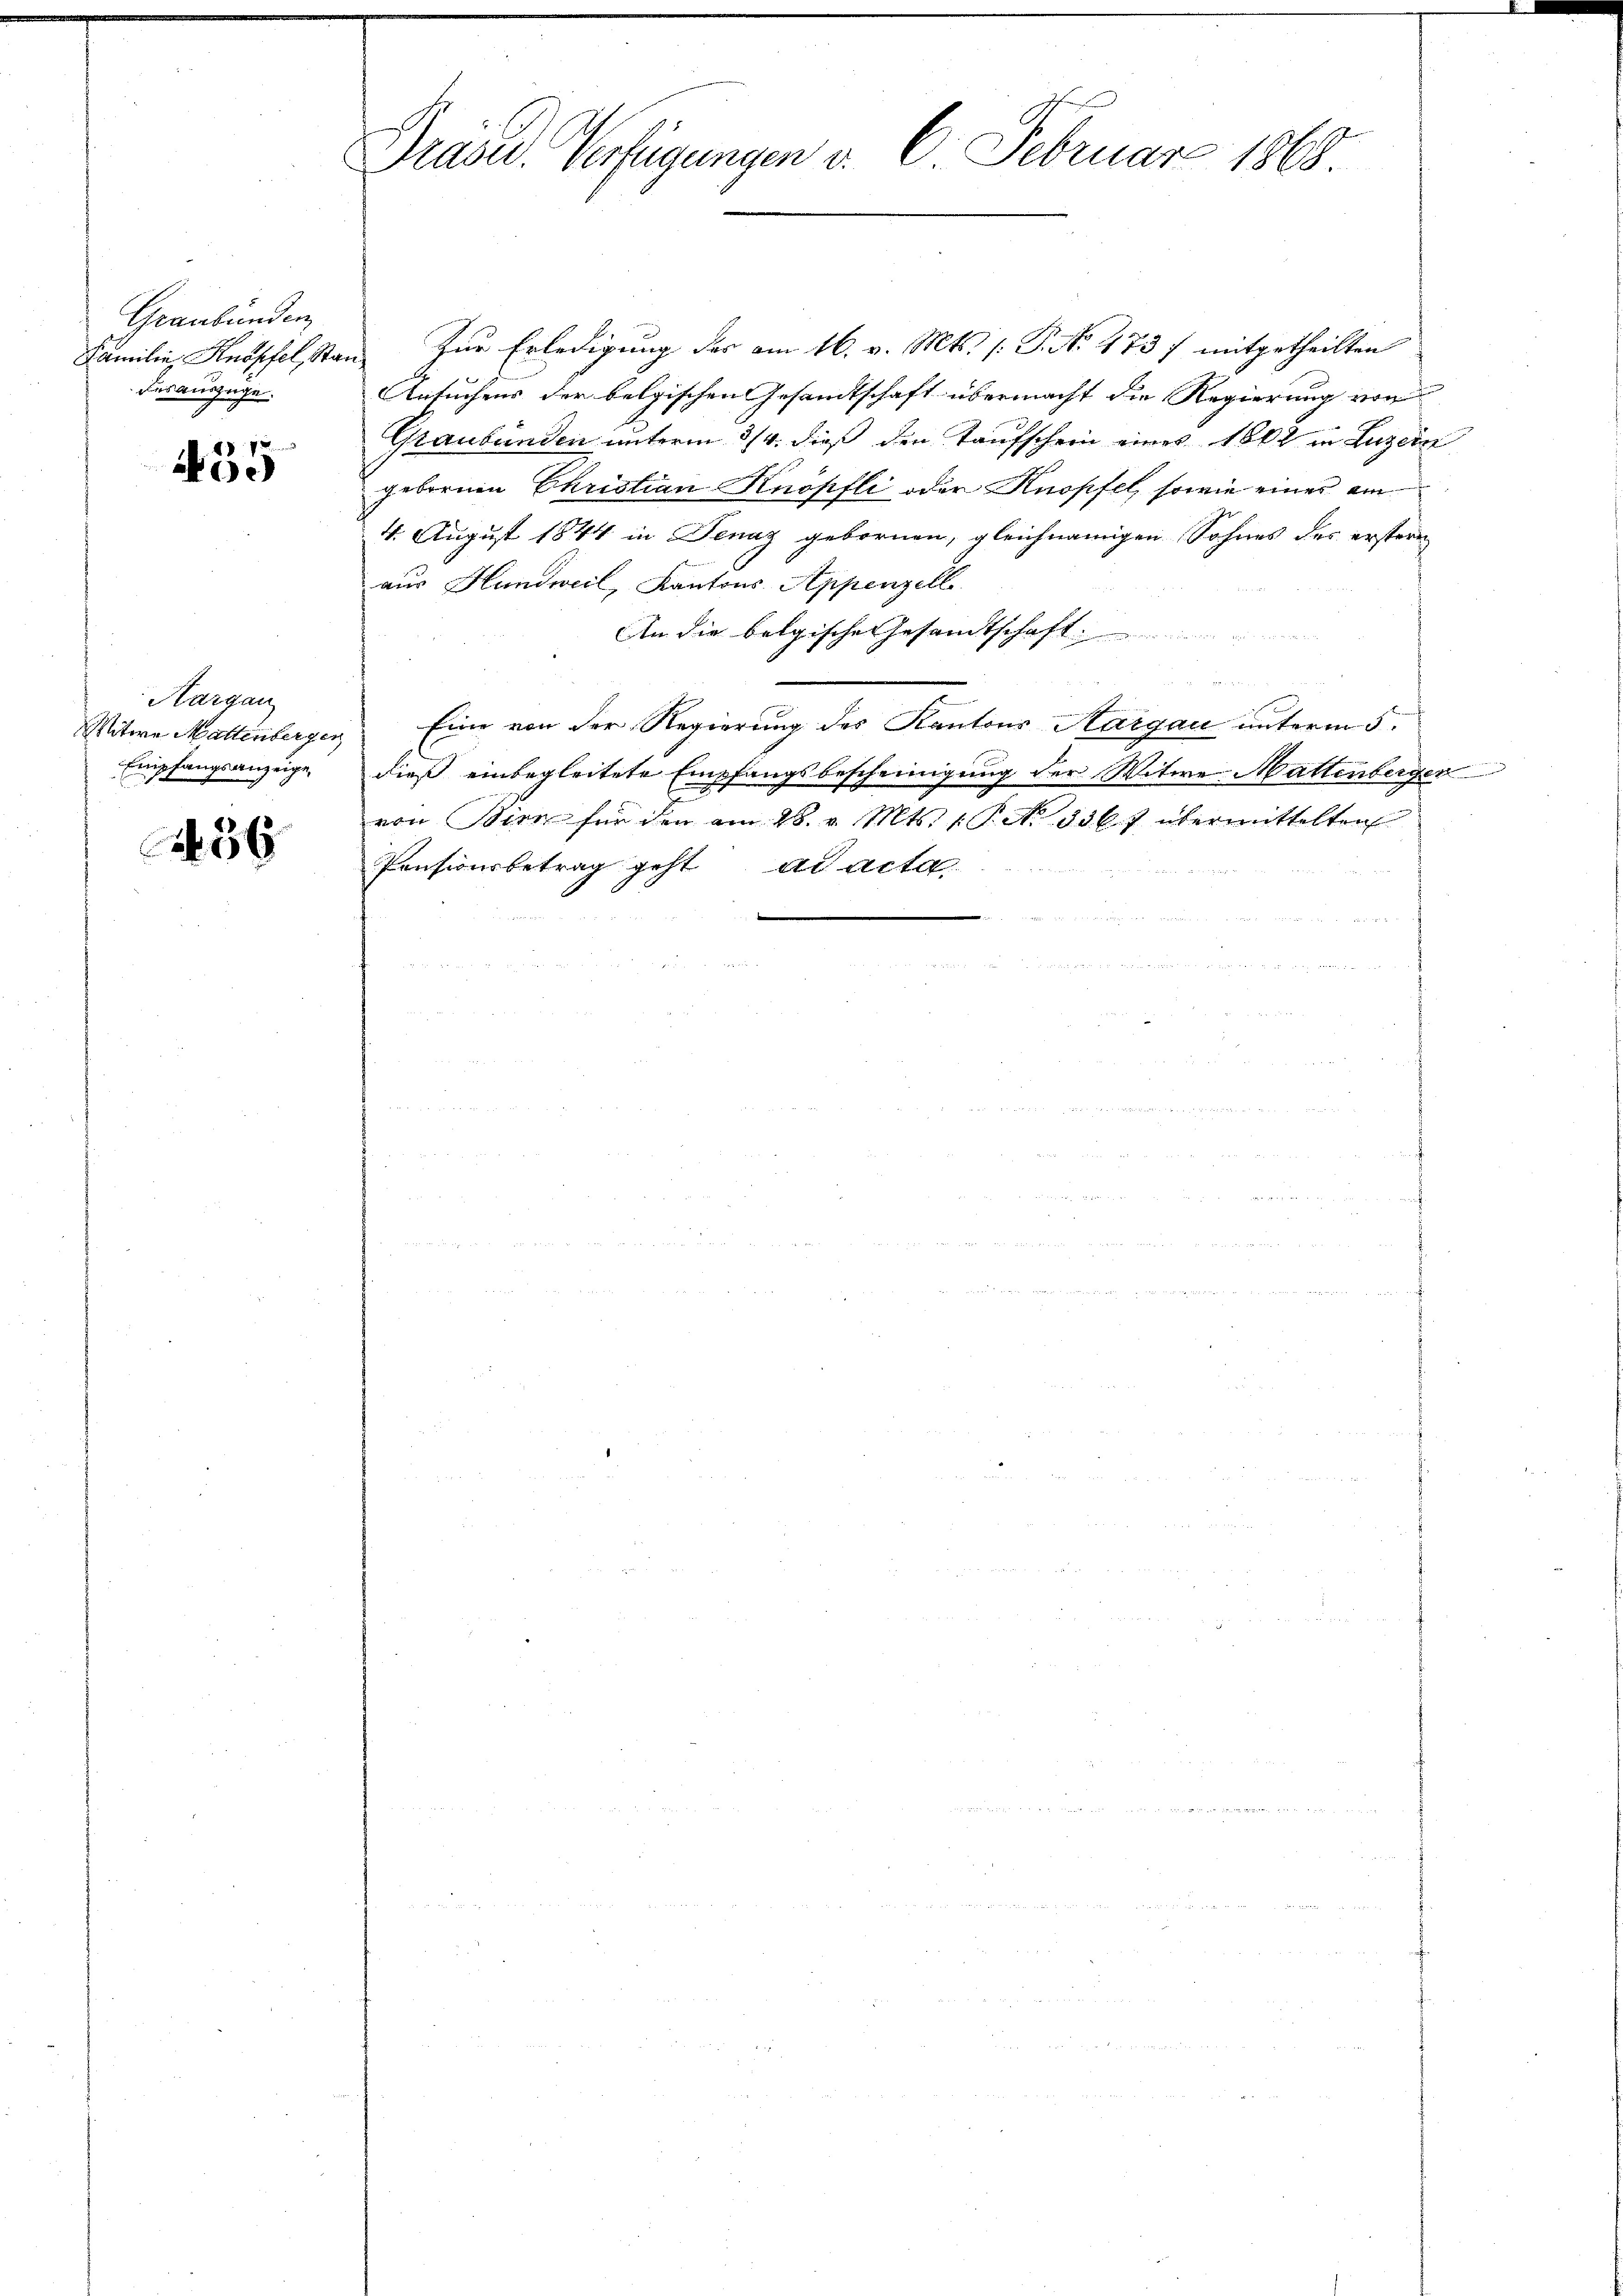
Graubünden
des auszüge.

35

Aargau
Empfangsanzeige,

56

Präsid. Verfügungen d. 6. Februar 1868.

Familie Knöpfel Stand zur Erledigung des am 16. v. Mts. (: P. No 473 7 mitgetheilten
Ansuchens der belgischen Gesandtschaft übermacht die Regierung von
Graubünden unterm 3/4. dieß den Taufschein eines 1802 in Luzern
geborene Christian Knöpfli oder Knopfel, sowie eines am
4. August 1844 in Jenaz gebornen, gleichnamigen Sohnes des erstern
aus Hundweil, Kantons Appenzell
An die belgische Gesandtschaft
 88
u
Witwe Mattenberger Eine von der Regierung des Kantons Aargau unterm 5.
dieß einbegleitete Empfangsbescheinigung der Witwe Mattenberger
von Sirn für den am 28. v. Mts. No 336. 7 übermittelten
Pensionsbetrag geht ad acta
n

n